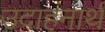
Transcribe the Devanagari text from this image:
उदाहंनार्थ